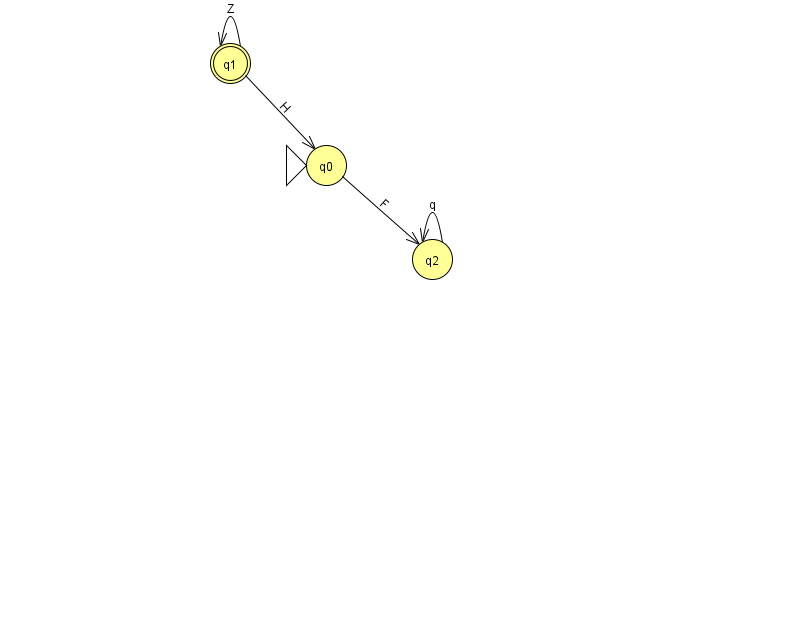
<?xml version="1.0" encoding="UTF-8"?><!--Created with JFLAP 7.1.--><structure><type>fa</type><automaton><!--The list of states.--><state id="0" name="q0"><x>326.0</x><y>152.0</y><initial/></state><state id="1" name="q1"><x>230.0</x><y>50.0</y><final/></state><state id="2" name="q2"><x>432.0</x><y>246.0</y></state><!--The list of transitions.--><transition><from>2</from><to>2</to><read>q</read></transition><transition><from>1</from><to>0</to><read>H</read></transition><transition><from>1</from><to>1</to><read>Z</read></transition><transition><from>0</from><to>2</to><read>F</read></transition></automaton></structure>